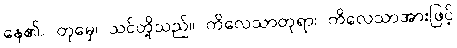
နေ၏။ တုမှေ၊ သင်တို့သည်။ ကိလေသာတုရာ၊ ကိလေသာအားဖြင့်